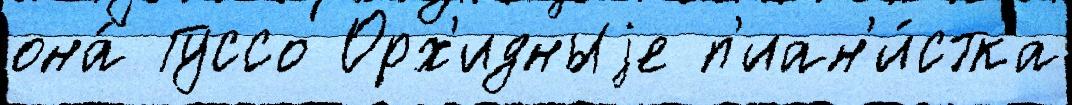
она́ Гуссо Орх'идныjе п'иан'и́стка